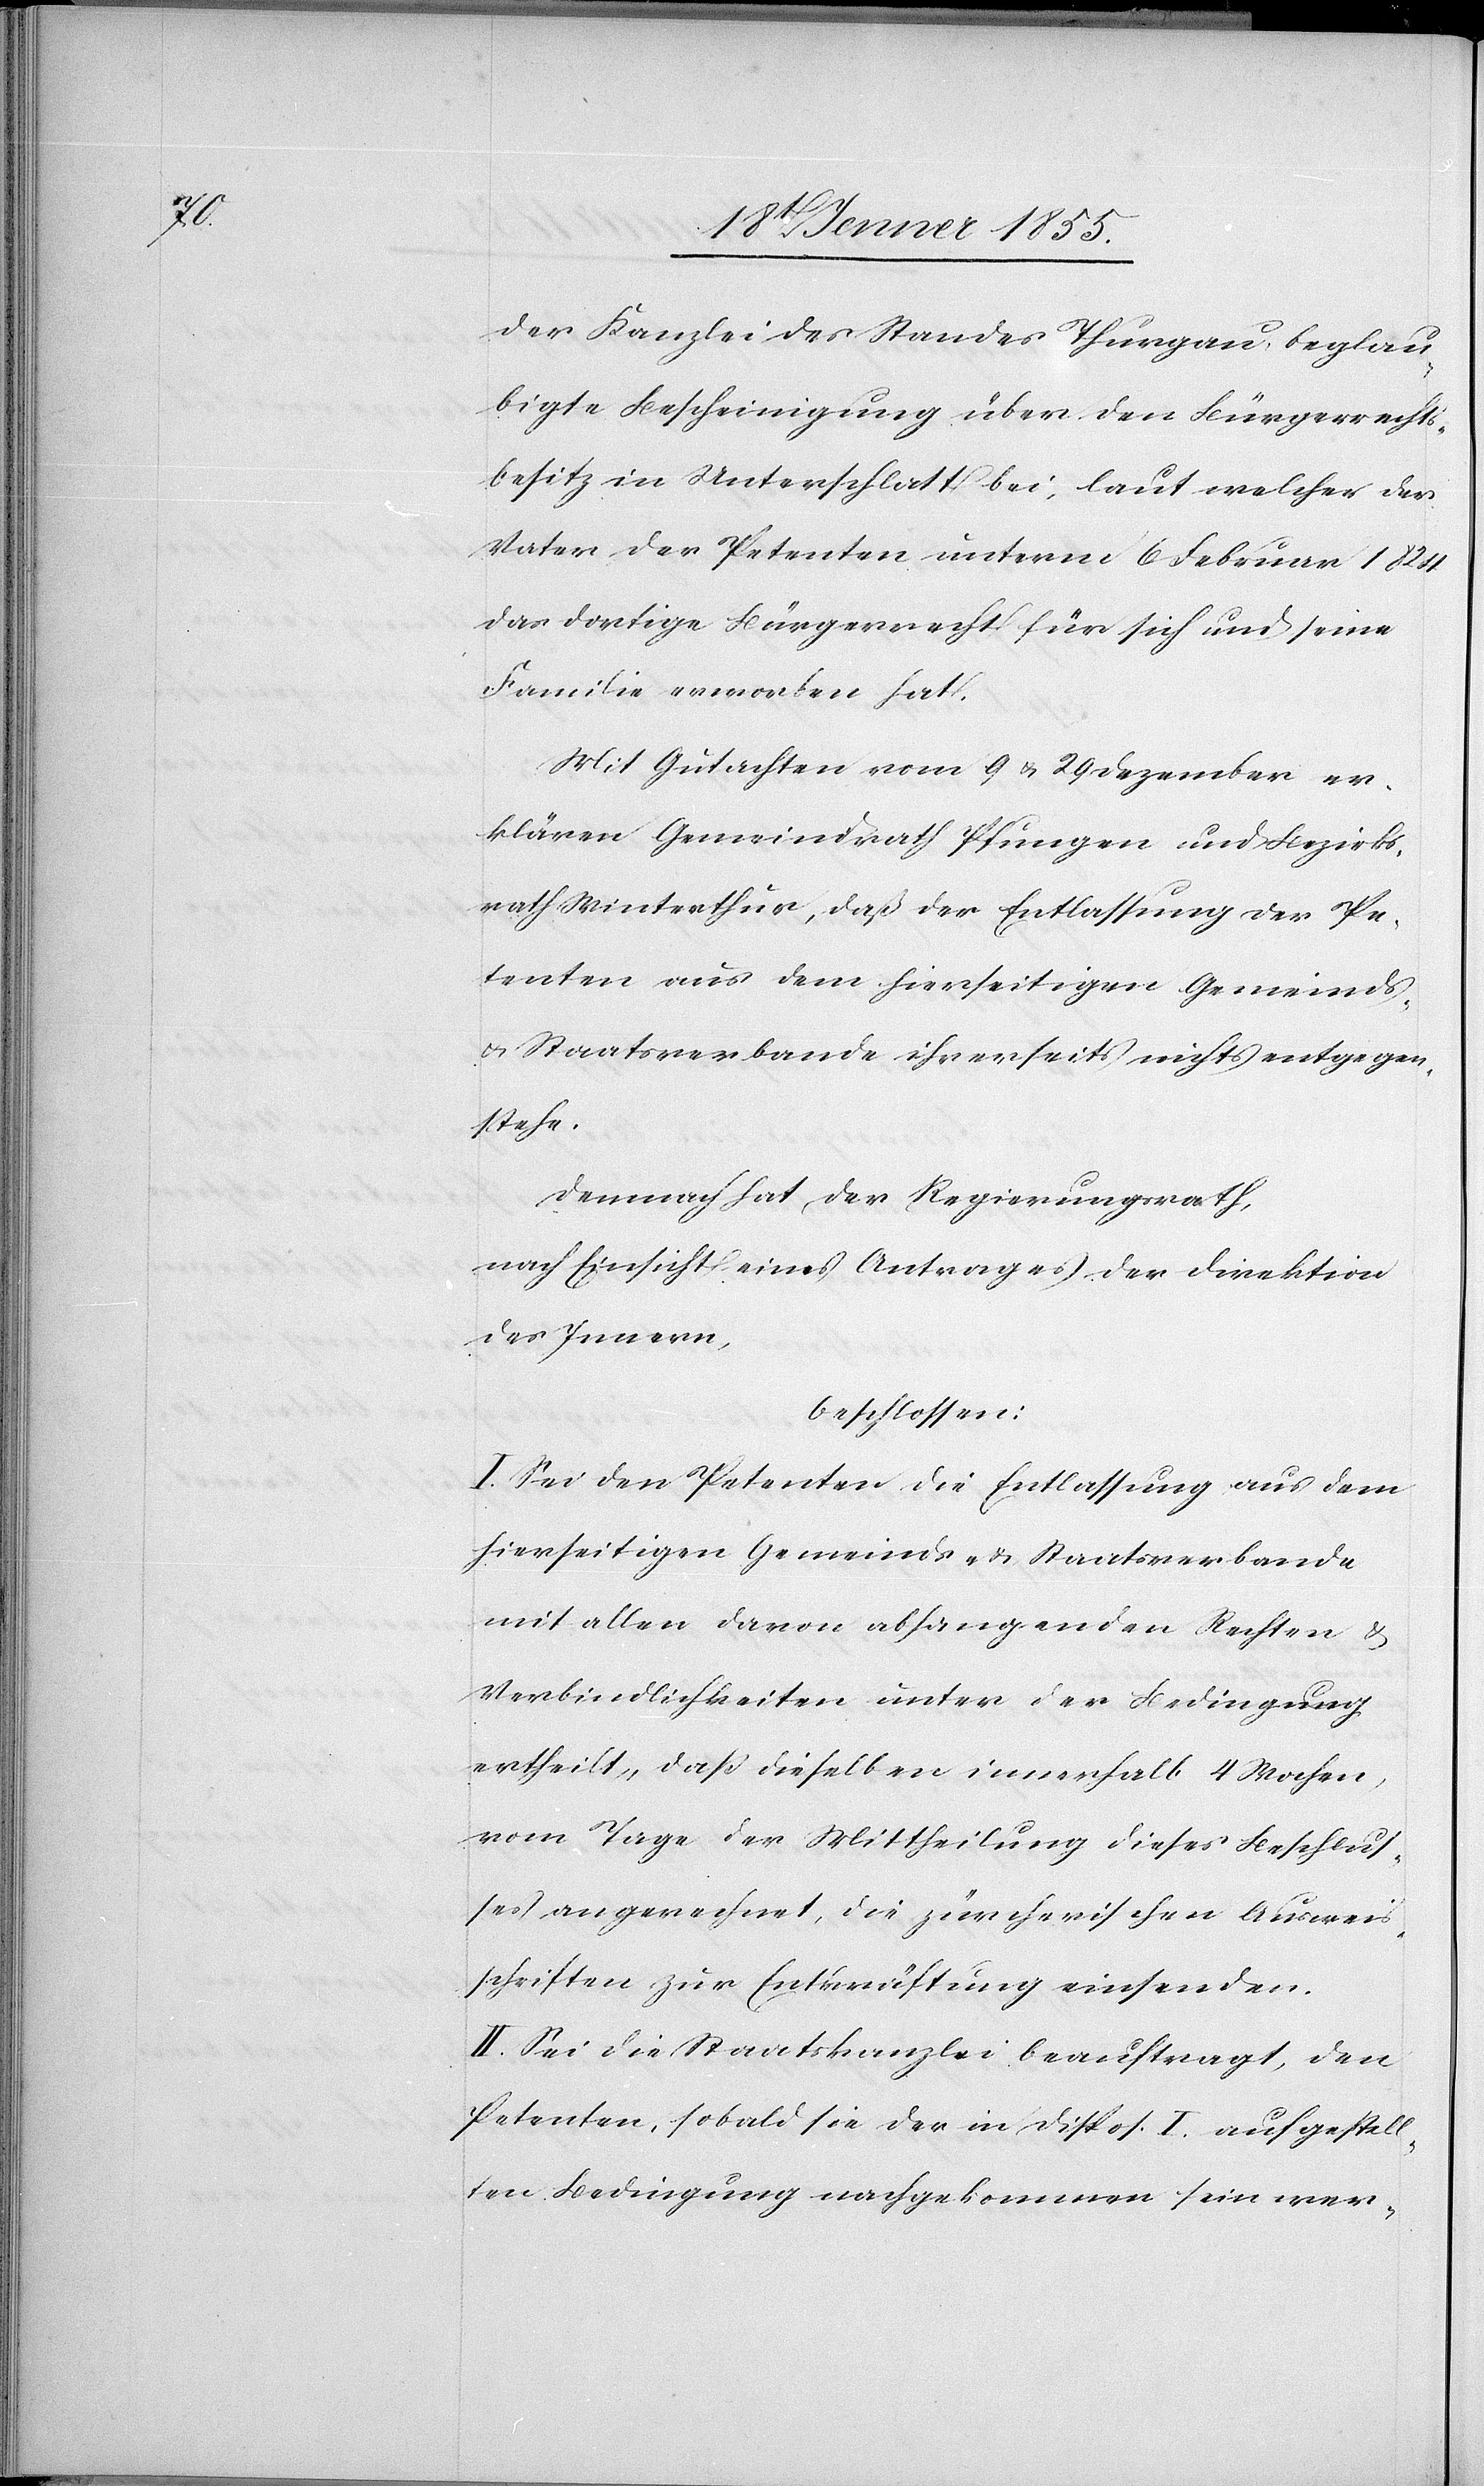
der Kanzlei des Standes Thurgau beglau¬
bigte Bescheinigung über den Bürgerrechts¬
besitz in Unterschlatt bei, laut welcher der
Vater der Petenten unterm 6 Februar 1824
das dortige Bürgerrecht für sich und seine
Familie erworben hat.
Mit Gutachten vom 9 & 29 Dezember er¬
klären Gemeindrath Pfungen und Bezirks¬
rath Winterthur, daß der Entlassung der Pe¬
tenten aus dem hierseitigen Gemeinds-
& Staatsverbande ihrerseits nichts entgegen¬
stehe.
Demnach hat der Regierungsrath,
nach Einsicht eines Antrages der Direktion
des Innern,
beschlossen:
I. Sei den Petenten die Entlassung aus dem
hierseitigen Gemeinds- & Staatsverbande
mit allen davon abhangenden Rechten &
Verbindlichkeiten unter der Bedingung
ertheilt, daß dieselben innerhalb 4 Wochen,
vom Tage der Mittheilung dieses Beschlus¬
ses an gerechnet, die zürcherischen Ausweis¬
schriften zur Entkräftung einsenden.
II. Sei die Staatskanzlei beauftragt, den
Petenten, sobald sie der in Dispos. I. aufgestell¬
ten Bedingung nachgekommen sein wer-